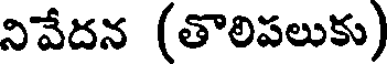
నివేదన (తాలిపలుకు)